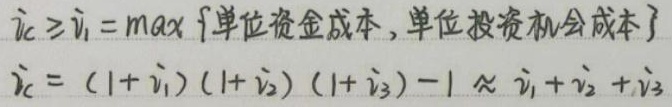
$\dot{\nu}_C\geq\dot{\nu}_1 = max\{单位资金成本,单位投资机会成本\}$
$\dot{\nu}_C=(1 + \dot{\nu}_1)(1+\dot{\nu}_2)(1+\dot{\nu}_3)-1\approx\dot{\nu}_1+\dot{\nu}_2+\dot{\nu}_3$